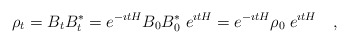
\begin{align*}\rho _t = B_t B^* _t = e^{-\imath t H}B_0 B_0 ^* \; e^{\imath t H} = e^{-\imath t H} \rho _0 \; e^{\imath t H} ~~~ ,\end{align*}